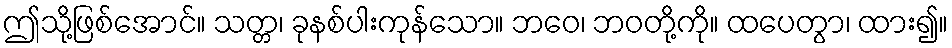
ဤသို့ဖြစ်အောင်။ သတ္တ၊ ခုနစ်ပါးကုန်သော။ ဘဝေ၊ ဘဝတို့ကို။ ထပေတွာ၊ ထား၍။